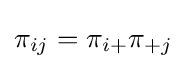
\pi _{ij}=\pi _{i+}\pi _{+j}